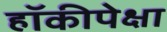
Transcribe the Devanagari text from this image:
हॉकीपेक्षा